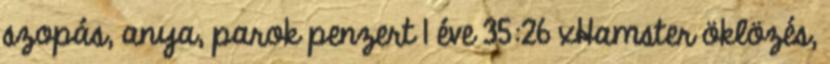
szopás, anya, parok penzert 1 éve 35:26 xHamster öklözés,